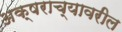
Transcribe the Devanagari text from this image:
अक्षराच्यावरील